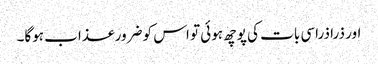
اور ذرا ذراسی بات کی پوچھ ہوئی تو اس کو ضرور عذاب ہوگا۔